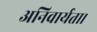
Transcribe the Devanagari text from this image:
अनिवार्यता।